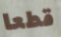
قطعا